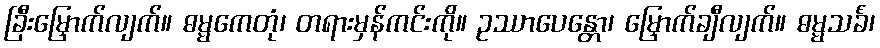
ခြီးမြှောက်လျက်။ ဓမ္မကေတုံ၊ တရားမှန်ကင်းကို။ ဥဿာပေန္တော၊ မြှောက်ချီလျက်။ ဓမ္မသင်္ခံ၊